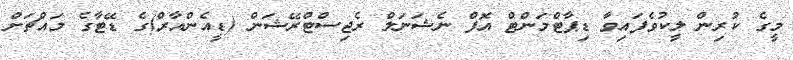
މީގެ ކުރިން ލީކުވެފައިވާ ޑިޕާޓްމަންޓް އޮފް ނެޝަނަލް ރެޖިސްޓްރޭޝަން (ޑީއެންއާރް)ގެ ޑޭޓާގެ މައްޗަށް